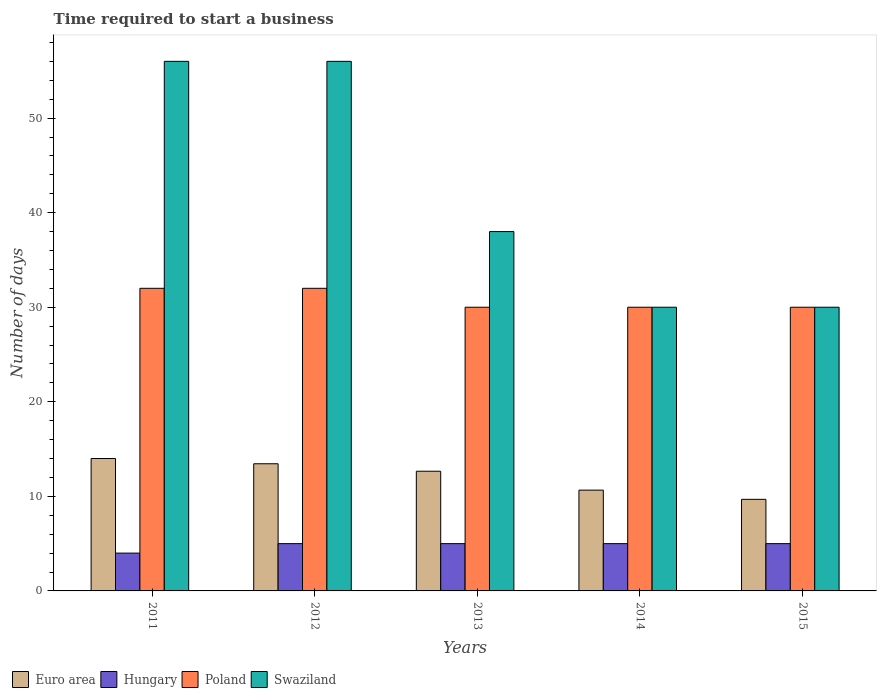
| Years | Euro area | Hungary | Poland | Swaziland |
 | --- | --- | --- | --- | --- |
 | 2011 | 14 | 4 | 32 | 56 |
 | 2012 | 13.4 | 5 | 32 | 56 |
 | 2013 | 12.7 | 5 | 30 | 38 |
 | 2014 | 10.7 | 5 | 30 | 30 |
 | 2015 | 9.68 | 5 | 30 | 30 |